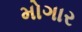
મોગાર